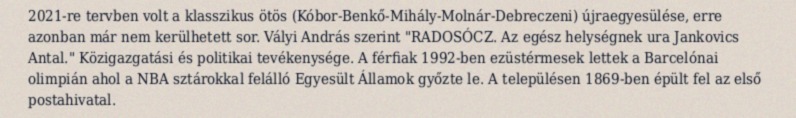
2021-re tervben volt a klasszikus ötös (Kóbor-Benkő-Mihály-Molnár-Debreczeni) újraegyesülése, erre azonban már nem kerülhetett sor. Vályi András szerint "RADOSÓCZ. Az egész helységnek ura Jankovics Antal." Közigazgatási és politikai tevékenysége. A férfiak 1992-ben ezüstérmesek lettek a Barcelónai olimpián ahol a NBA sztárokkal felálló Egyesült Államok győzte le. A településen 1869-ben épült fel az első postahivatal.